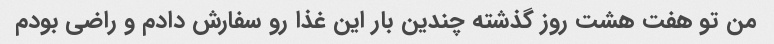
من تو هفت هشت روز گذشته چندین بار این غذا رو سفارش دادم و راضی بودم